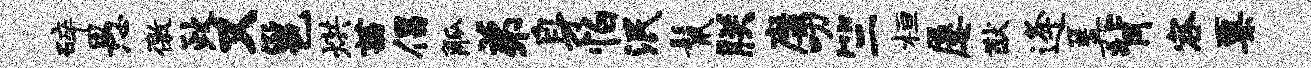
碎愚徼政又邕烘茜倡觚弟身怕泯鬣朕靡叨竺桓屡猷逄篝背容粟